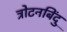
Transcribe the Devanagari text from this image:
त्रोटनबिंदु